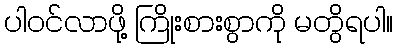
ပါဝင်လာဖို့ ကြိုးစားစွာကို မတွိရပါ။